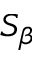
S _ { \beta }